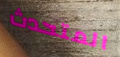
المتحدث